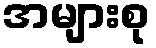
အများစု